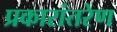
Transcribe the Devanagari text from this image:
प्रकारांतरेण